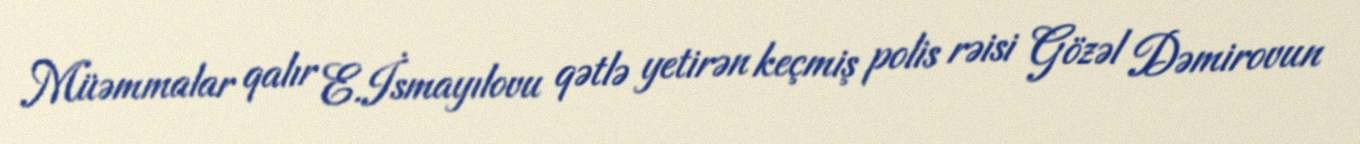
Müəmmalar qalır E.İsmayılovu qətlə yetirən keçmiş polis rəisi Gözəl Dəmirovun